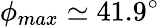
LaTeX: \phi_{max}\simeq 41.9^{\circ}